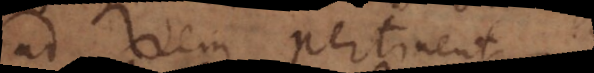
ad rem pertinent.